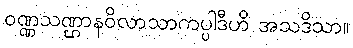
ဝဏ္ဏသဏ္ဌာနဝိလာသာကပ္ပါဒီဟိ အသဒိသာ။